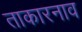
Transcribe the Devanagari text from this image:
ताकारनाव